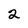
Character: 2